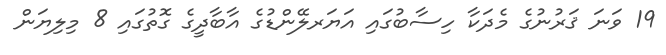
19 ވަނަ ޤަރުނުގެ މެދަކާ ހިސާބުގައި އަޔަރލޭންޑުގެ އާބާދީގެ ގޮތުގައި 8 މިލިޔަން